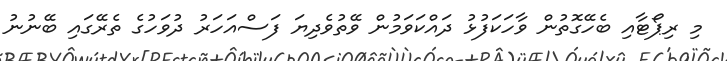
މި ރިޕޯޓާއި ބެހޭގޮތުން ވާހަކަފުޅު ދައްކަވަމުން ވޭތުވެދިޔަ ފަސްއަހަރު ދުވަހުގެ ތެރޭގައި ބޭނުނު